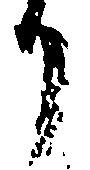
り